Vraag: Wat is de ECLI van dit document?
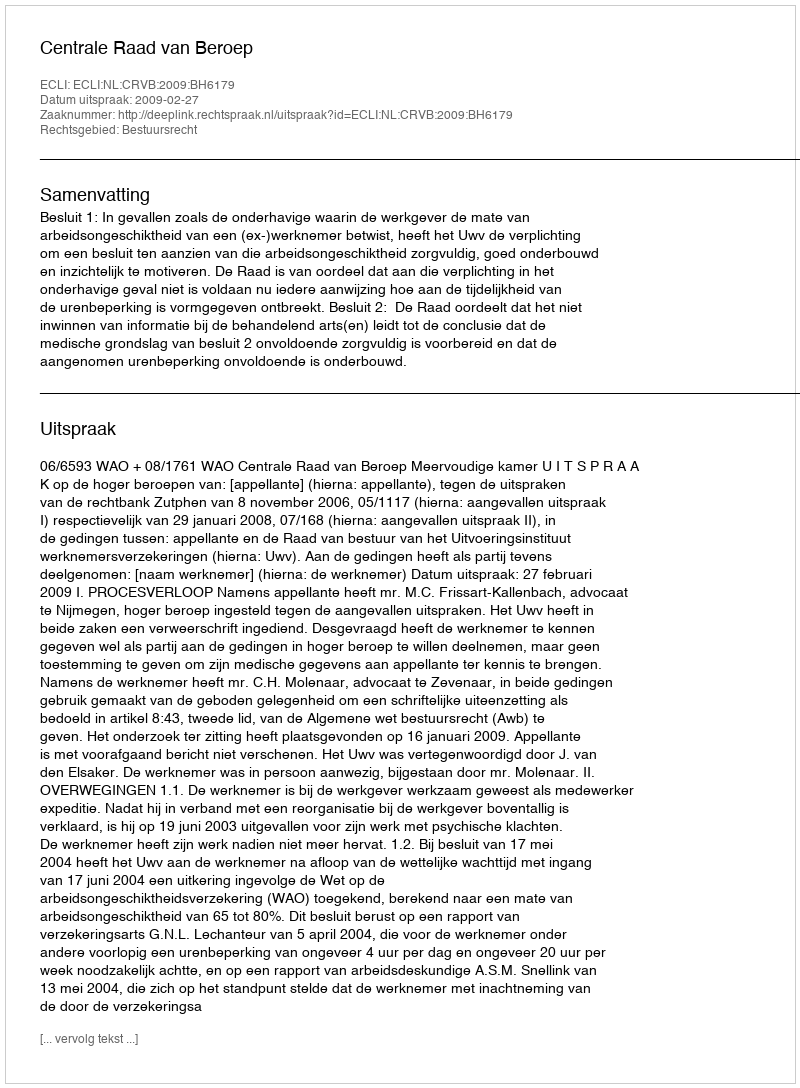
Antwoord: ECLI:NL:CRVB:2009:BH6179